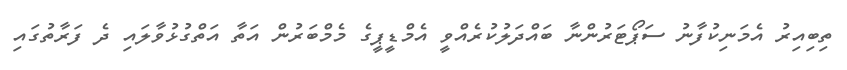
ތިބިއިރު އެމަނިކުފާނު ސަޕޯޓަރުންނާ ބައްދަލުކުރެއްވީ އެމްޑީޕީގެ މެމްބަރުން އަތާ އަތްގުޅުވާލައި ދެ ފަރާތުގައި